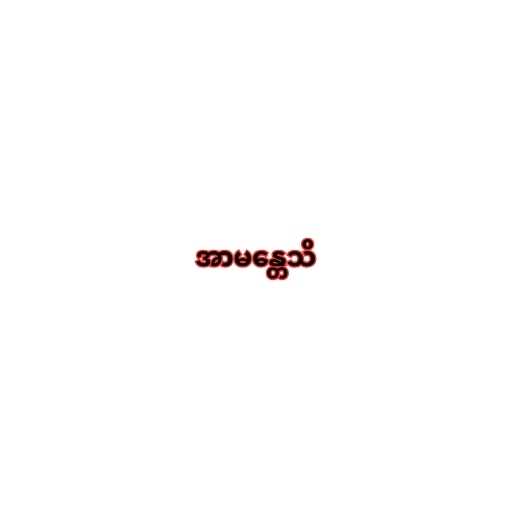
အာမန္တေသိ